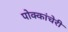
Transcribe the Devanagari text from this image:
पोक्कांचेरी